Vital statistics of India. Vol. IV, Annual returns from 1871 to 1876. British Army of India, Native Army and jails of Bengal
Year: 1871
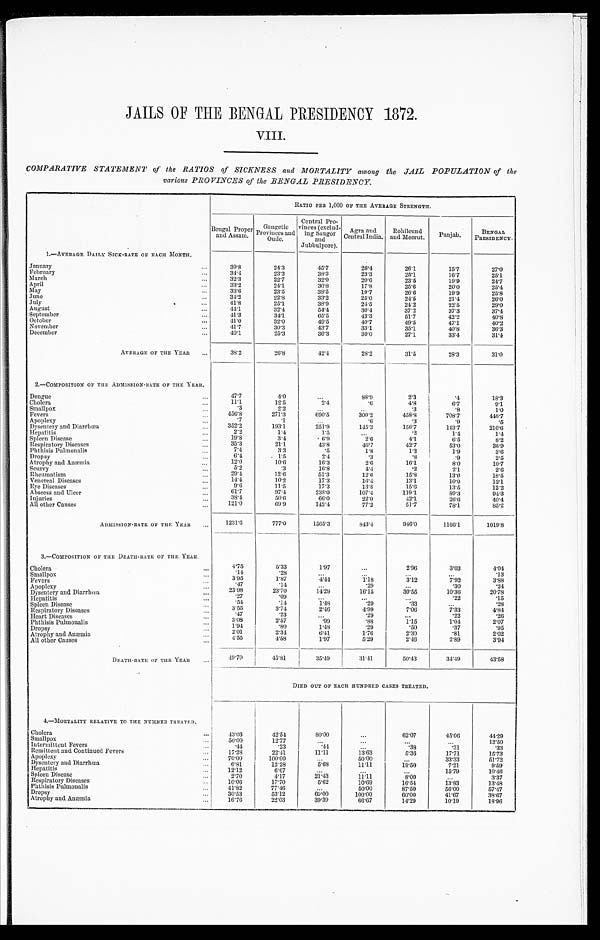
JAILS OF THE BENGAL PRESIDENCY 1872.
VIII.
COMPARATIVE STATEMENT of the RATIOS of SICKNESS and MORTALITY among the JAIL POPULATION of the
various PROVINCES of the BENGAL PRESIDENCY.
RATIO PER 1,000 OF THE AVERAGE STRENGTH.
Bengal Proper
and Assam.
Gangetic
Provinces and O u d e .
Central Pro-
vinces (exclud-
i n g S a u g o r and
Jubbulpore).
Agra and
Central India. Rohilcund
and Meerut. Punjab.
BENGAL
PRESIDENCY.
1.—AVERAGE DAILY SICK-RATE OF EACH MONTH.
January . . .
3 9 . 8
2 4 . 3
4 5 . 7
2 6 . 4
26.1
1 5 . 7
2 7 . 0
February . . .
3 4 . 4
2 3 . 3
3 8 . 3
2 3 . 3
2 5 . 1
1 6 . 7
2 5 . 1
March . . .
3 2 . 3
2 2 . 7
3 2 . 9
2 0 . 6
2 3 . 5
1 9 . 9
2 4 . 7
April . . .
3 3 . 2
2 4 . 1
3 0 . 8
1 7 . 8
2 5 . 6
2 0 . 0
2 5 . 4
May . . .
3 3 . 6
2 3 . 5
3 8 . 5
1 9 . 7
26.6
1 9 . 9
2 5 . 8
June . . .
3 4 . 2
2 2 . 8
3 3 . 2
2 5 . 0
2 4 . 5
2 1 . 4
2 6 . 0
July . . .
4 1 . 8
2 5 . 1
3 8 . 9
2 4 . 5
2 4 . 2
2 2 . 5
2 9 . 0
August . . .
44.1
3 2 . 4
5 4 . 4
3 0 . 4
37.2
3 7 . 3
3 7 . 4
September . . .
41.3
3 4 . 1
6 5 . 5
4 3 . 3
51.7
4 2 . 2
4 0 . 8
October . . .
41.0
3 2 . 0
4 9 . 5
4 0 . 7
4 9 . 5
4 7 . 1
4 0 . 2
November . . .
41.7
3 0 . 3
4 3 . 7
33.1
3 5 . 1
4 0 . 8
3 6 . 3
December . . .
40. 1
2 5 . 3
3 6 . 3
3 0 . 0
2 7 . 1
3 3 . 4
3 1 . 4
AVERAGE OF THE YEAR . . .
3 8 . 2
2 6 . 8
4 2 . 4
2 8 . 2
3 1 . 5
2 8 . 3
3 1 . 0
2.—COMPOSITION OF TILE ADMISSION-RATE OF THE YEAR.
Dengue . . .
4 7 . 7
4 . 0
. . .
8 8 . 9
2 . 3
.4
1 8 . 3
Cholera . . .
11.1
12. 5
2 . 4
.6
4 . 8
6 . 7
9 . 1
Smallpox . . .
.3
2 . 2
. . .
. . .
.3
.8
1 . 0
Fevers . . .
4 5 6 . 8
271.3 6 9 0 . 5
300.2
4 5 8 . 8
7 0 8 . 7
4 4 6 . 7
Apoplexy . . .
.7
.1
. . .
.6
.3
.9
.5
Dysentery and Diarrhœa . . .
3 5 2 . 2
193. 1
251.9
1 4 5 . 3
1 5 6 . 7
1 4 3 . 7
2 1 6 . 6
Hepatitis . . .
2.2
1.4
1 . 5
. . .
.2
1.4
1.4
Spleen Disease . . .
19.8
3.4
6 . 9
2 . 6
4 . 1
6 . 5
8 . 2
Respiratory Diseases . . .
3 5 . 3
21.1
4 3 . 8
4 6 . 7
4 2 . 7
5 3 . 0
3 5 . 9
Phthisis Pulmonalis . . .
7 . 4
3 . 3
.5
1 . 8
1 . 3
1 . 9
3 . 6
Dropsy . . .
6 . 4
1.5
2 . 4
.3
.8
.9
2 . 5
Atrophy and Anæmia . . .
1 2 . 0
10. 6
1 6 . 3
2 . 6
1 6 . 1
8 . 0
1 0 . 7
Scurvy . . .
5 . 2
.3
1 6 . 8
4 . 4
.2
2 . 1
2 . 6
Rheumatism . . .
2 9 . 4
12.6
51.3
1 2 . 6
1 5 . 8
1 3 . 6
1 8 . 5
Venereal Diseases . . .
1 4 . 4
10. 2
17.3
1 6 . 4
1 3 . 1
1 0 . 0
1 2 . 1
Eye Diseases . . .
9 . 6
11.5
17.3
1 3 . 8
1 5 . 6
1 3 . 5
12.2
Abscess and Ulcer . . .
61.7
97. 4
2 3 8 . 0
1 0 7 . 4
119.1
8 9 . 3
9 4 . 3
Injuries . . .
3 8 . 4
50. 6
6 6 . 0
2 2 . 0
4 2 . 1
2 6 . 6
4 0 . 4
All other Causes
. . .
1 2 1 . 0
69.9
1 4 2 . 4
7 7 . 2
5 1 . 7
7 8 . 1
8 5 . 2
ADMISSION-RATE OF THE YEAR . . .
1231. 6
7 7 7 . 0
1565. 3
8 4 3 . 4
946. 0
1166. 1
1019. 8
3.—COMPOSITION OF THE DEATH-RATE OF THE YEAR.
Cholera . . .
4.75
5 . 3 3
1 . 9 7
. . .
2. 96
3 . 0 3
4.04
Smallpox . . .
. 1 4
.28
. . .
. . .
. . .
. . .
. 1 3
Fevers . . .
3 . 9 5
1 . 8 7
4 . 4 4
1.18
3 . 1 2
7 . 9 2
3 . 8 8
Apopl exy . . .
. 4 7
. 1 4
. . .
.29
. . .
.30
.24
Dysentery and Diarrhœa . . .
2 3 . 9 8
2 3 . 7 0
1 4 . 2 9
1 6 . 1 5
3 0 . 5 5
1 0 . 3 6
2 0 . 7 8
Hepatitis . . .
. 2 7
. 0 9
. . .
. . .
. . .
. 2 2
. 1 5
Spleen Diseases . . .
. 5 4
. 1 4
1 . 4 8
.29
.33
. . .
. 2 8
Respiratory Diseases . . .
3 . 5 5
3. 74
2 . 4 6
4 . 9 9
7 . 0 6
7 . 3 3
4 . 8 4
Heart Diseases . . .
. 4 7
. 2 3
. . .
.29
. . .
. 2 2
. 2 6
Phthisis Pulmonalis . . .
3 . 0 8
2 . 5 7
. 9 9
. 8 8
1.15
1 . 0 4
2 . 0 7
Dropsy . . .
1 . 9 4
. 8 0
1 . 4 8
. 2 9
. 5 0
. 3 7
. 9 5
Atrophy and Anæmia . . .
2 . 0 1
2. 34
6 . 4 1
1.76
2. 30
.81
2 . 0 2
All other Causes . . .
4 . 5 5
4 . 5 8
1 . 9 7
5 . 2 9
2 . 4 6
2 . 8 9
3 . 9 4
DEATH-RATE OF THE YEAR . . .
4 9 . 7 0
45.81 3 5 . 4 9
3 1 . 4 1
50. 43
3 4 . 4 9
43. 58
DIED OUT OF EACH HUNDRED CASES TREATED.
4.—MORTALITY RELATIVE TO THE NUMBER TREATED.
Cholera . . .
4 3 . 0 3
4 2 . 5 4
80. 00
. . .
62. 07
4 5 . 0 6
4 4 . 2 9
Smallpox . . .
5 0 . 0 0
1 2 . 7 7
. . .
. . .
. . .
. . .
1 2 . 5 0
Intermittent Fevers . . .
. 4 4
.23
. 4 4
. . .
.38
.31
.33
Remittent and Continued Fevers . . .
1 7 . 2 8
2 2 . 4 1
11.11
1 3 . 6 3
5. 36
1 7 . 7 1
1 5 . 7 3
Apoplexy . . .
7 0 . 0 0
100. 00
. . .
5 0 . 0 0
. . .
3 3 . 3 3
51.72
Dysentery and Diarrhœa . . .
6 . 8 1
12.28
5 . 6 8
1 1 . 1 1
19. 50
7 . 2 1
9 . 5 9
Hepatitis . . .
1 2 . 1 2
6 . 6 7
. . .
. . .
. . .
1 5 . 7 9
1 0 . 4 6
Spleen Disease
2 . 7 0
4.17
21. 43
11.11
8. 00
. . .
3 . 3 7
Respiratory Diseases . . .
1 0 . 0 6
17.70
5 . 6 2
1 0 . 6 9
16. 54
1 3 . 8 3
13. 48
Phthisis Pulmonalis . . .
41.82
7 7 . 4 6
. . .
5 0 . 0 0
87. 50
5 6 . 0 0
57. 47
Dr o p s y . . .
3 0 . 5 3
5 3 . 1 2
60. 00
100. 00
60. 00
4 1 . 6 7
3 8 . 6 7
Atrophy and Anæmia . . .
16.76
2 2 . 0 3
39. 39
6 6 . 6 7
14. 29
1 0 . 1 9
18. 96